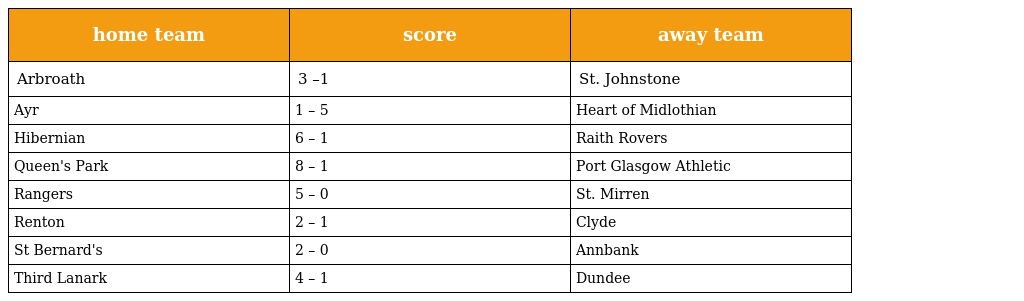
| home team | score | away team |
 | --- | --- | --- |
 | Arbroath | 3 –1 | St. Johnstone |
 | Ayr | 1 – 5 | Heart of Midlothian |
 | Hibernian | 6 – 1 | Raith Rovers |
 | Queen's Park | 8 – 1 | Port Glasgow Athletic |
 | Rangers | 5 – 0 | St. Mirren |
 | Renton | 2 – 1 | Clyde |
 | St Bernard's | 2 – 0 | Annbank |
 | Third Lanark | 4 – 1 | Dundee |